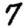
Digit: 7